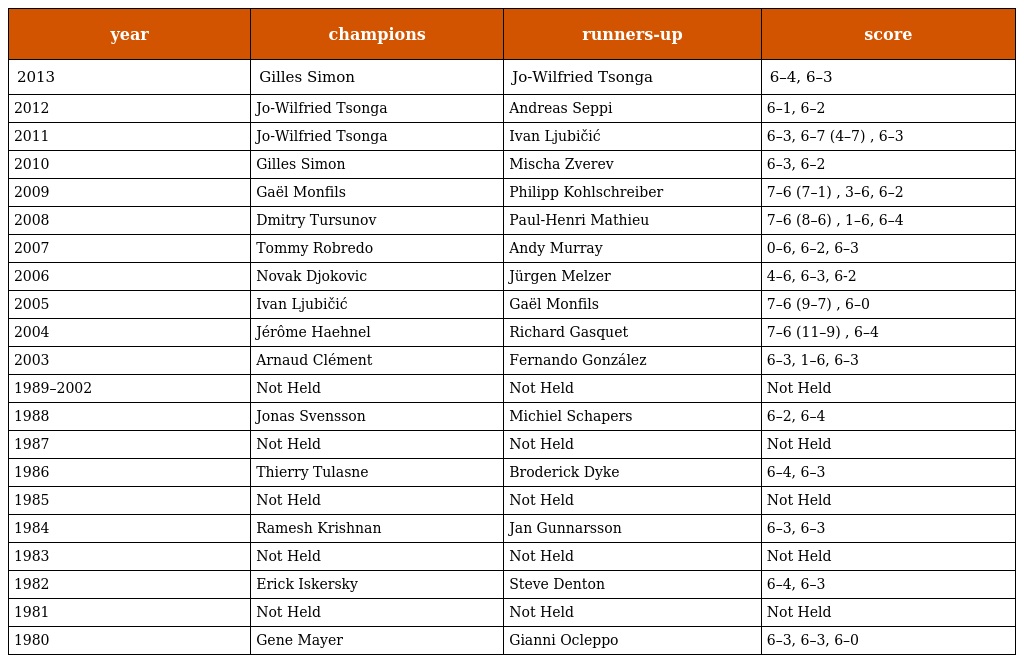
| year | champions | runners-up | score |
 | --- | --- | --- | --- |
 | 2013 | Gilles Simon | Jo-Wilfried Tsonga | 6–4, 6–3 |
 | 2012 | Jo-Wilfried Tsonga | Andreas Seppi | 6–1, 6–2 |
 | 2011 | Jo-Wilfried Tsonga | Ivan Ljubičić | 6–3, 6–7 (4–7) , 6–3 |
 | 2010 | Gilles Simon | Mischa Zverev | 6–3, 6–2 |
 | 2009 | Gaël Monfils | Philipp Kohlschreiber | 7–6 (7–1) , 3–6, 6–2 |
 | 2008 | Dmitry Tursunov | Paul-Henri Mathieu | 7–6 (8–6) , 1–6, 6–4 |
 | 2007 | Tommy Robredo | Andy Murray | 0–6, 6–2, 6–3 |
 | 2006 | Novak Djokovic | Jürgen Melzer | 4–6, 6–3, 6-2 |
 | 2005 | Ivan Ljubičić | Gaël Monfils | 7–6 (9–7) , 6–0 |
 | 2004 | Jérôme Haehnel | Richard Gasquet | 7–6 (11–9) , 6–4 |
 | 2003 | Arnaud Clément | Fernando González | 6–3, 1–6, 6–3 |
 | 1989–2002 | Not Held | Not Held | Not Held |
 | 1988 | Jonas Svensson | Michiel Schapers | 6–2, 6–4 |
 | 1987 | Not Held | Not Held | Not Held |
 | 1986 | Thierry Tulasne | Broderick Dyke | 6–4, 6–3 |
 | 1985 | Not Held | Not Held | Not Held |
 | 1984 | Ramesh Krishnan | Jan Gunnarsson | 6–3, 6–3 |
 | 1983 | Not Held | Not Held | Not Held |
 | 1982 | Erick Iskersky | Steve Denton | 6–4, 6–3 |
 | 1981 | Not Held | Not Held | Not Held |
 | 1980 | Gene Mayer | Gianni Ocleppo | 6–3, 6–3, 6–0 |